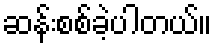
ဆန်းစစ်ခဲ့ပါတယ်။